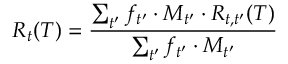
R _ { t } ( T ) = \frac { \sum _ { t ^ { \prime } } f _ { t ^ { \prime } } \cdot M _ { t ^ { \prime } } \cdot R _ { t , t ^ { \prime } } ( T ) } { \sum _ { t ^ { \prime } } f _ { t ^ { \prime } } \cdot M _ { t ^ { \prime } } }